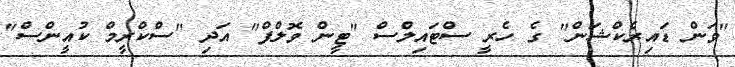
"ވަން ޑައިރެކްޝަން" ގެ ހެރީ ސްޓައިލްސް "ޓީން ވޮލްފް" އަދި "ސްކްރީމް ކުއީންސް"